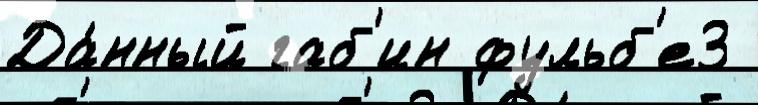
Да́нный габ'ин фульб'е3